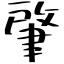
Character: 肇